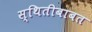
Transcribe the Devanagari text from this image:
स्थितीबाबत